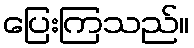
ပြေးကြသည်။